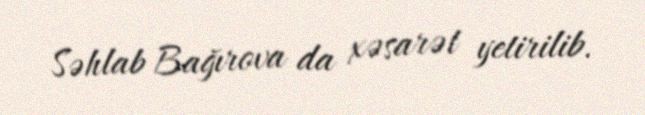
Səhlab Bağırova da xəsarət yetirilib.